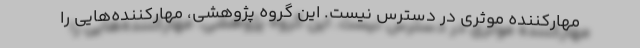
مهارکننده موثری در دسترس نیست. این گروه پژوهشی، مهارکننده‌هایی را